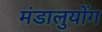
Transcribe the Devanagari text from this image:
मंडालुयोंग